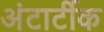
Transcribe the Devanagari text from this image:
अंटार्टीक